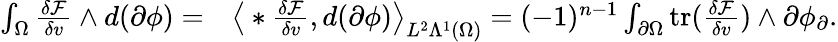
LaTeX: \begin{array}{rl}{\int_{\Omega}\frac{\delta\mathcal{F}}{\delta v}\wedge d(\partial\phi)=}&{{}\big\langle\ast\frac{\delta\mathcal{F}}{\delta v},d(\partial\phi)\big\rangle_{L^{2}\Lambda^{1}(\Omega)}=(-1)^{n-1}\int_{\partial\Omega}\mathrm{tr}(\frac{\delta\mathcal{F}}{\delta v})\wedge\partial\phi_{\partial}.}\end{array}